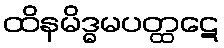
ထိနမိဒ္ဓမပတ္ထဋေ